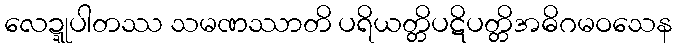
လေဍ္ဍုပါတဿ သမဏဿာတိ ပရိယတ္တိပဋိပတ္တိအဓိဂမဝသေန